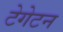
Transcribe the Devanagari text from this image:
टेगेटन